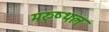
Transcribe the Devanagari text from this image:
मरुष्थल